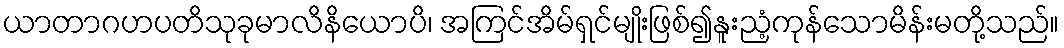
ယာတာဂဟပတိသုခုမာလိနိယောပိ၊ အကြင်အိမ်ရှင်မျိုးဖြစ်၍နူးညံ့ကုန်သောမိန်းမတို့သည်။